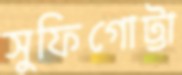
সুফিগোট্টা